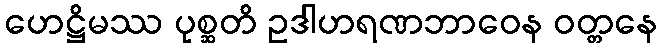
ဟေဋ္ဌိမဿ ပုစ္ဆတိ ဥဒါဟရဏဘာဝေန ဝတ္တနေ